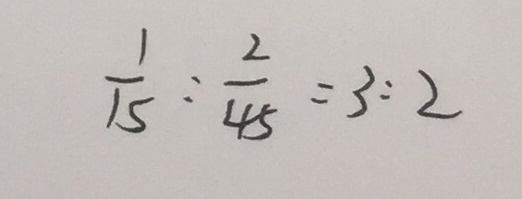
\frac { 1 } { 1 5 } : \frac { 2 } { 4 5 } = 3 : 2